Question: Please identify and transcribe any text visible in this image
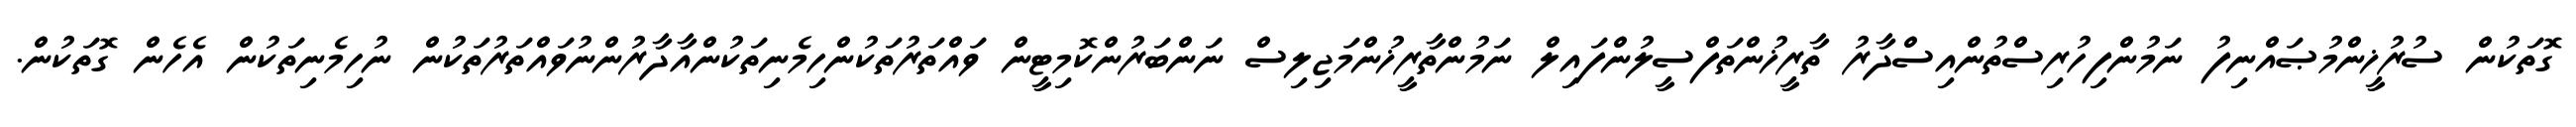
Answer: ގޮތަކުން ސުރުޚީންމުޞައްނިފު ނަމުންފިހުރިސްތުންއިސްދާރު ތާރީޚުންތަފްސީލުންފައިލް ނަމުންތާރީޚުންމަޖިލިސް ނަންބަރުންކޮމިޓީން ވައްތަރުތަކުންހިމެނިތަކުންއާދާރުންނުވައްތަރުތަކުން ނުހިމެނިތަކުން އެހެން ގޮތަކުން.